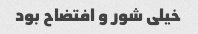
خیلی شور و افتضاح بود